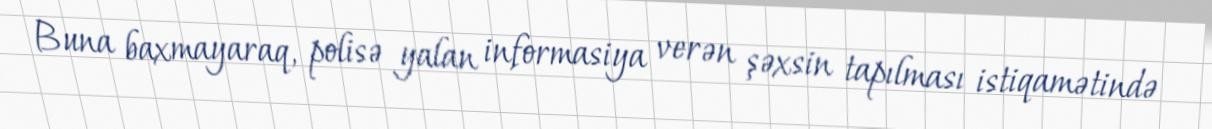
Buna baxmayaraq, polisə yalan informasiya verən şəxsin tapılması istiqamətində